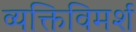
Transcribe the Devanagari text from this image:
व्यक्तिविमर्श